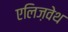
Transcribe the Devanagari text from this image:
एलिज़वेथ